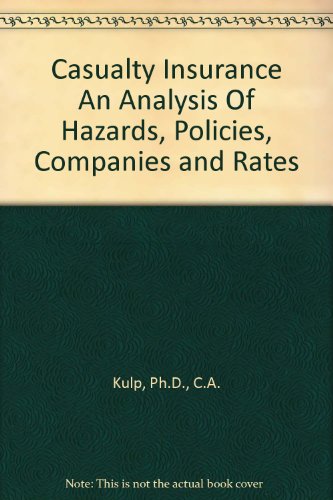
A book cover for Casualty Insurance An Analysis Of Hazards, Policies, Companies and Rates; Ph.D., C.A. Kulp; Business & Money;